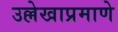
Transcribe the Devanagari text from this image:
उल्लेखाप्रमाणे